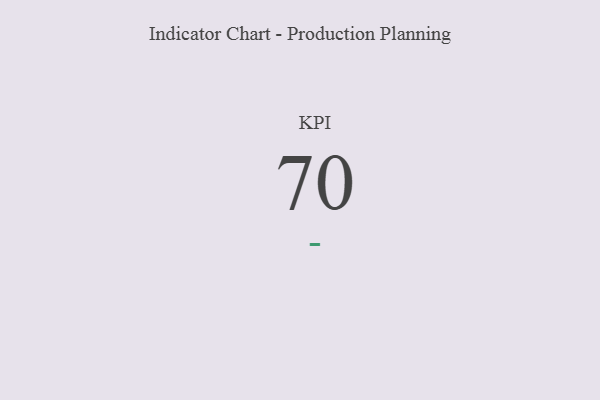
{"axis": {"x": "KPI", "y": "Value"}, "legend": [""], "data": [{"x": "KPI", "y": 70, "type": ""}]}